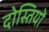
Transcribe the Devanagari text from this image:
दोस्तियों